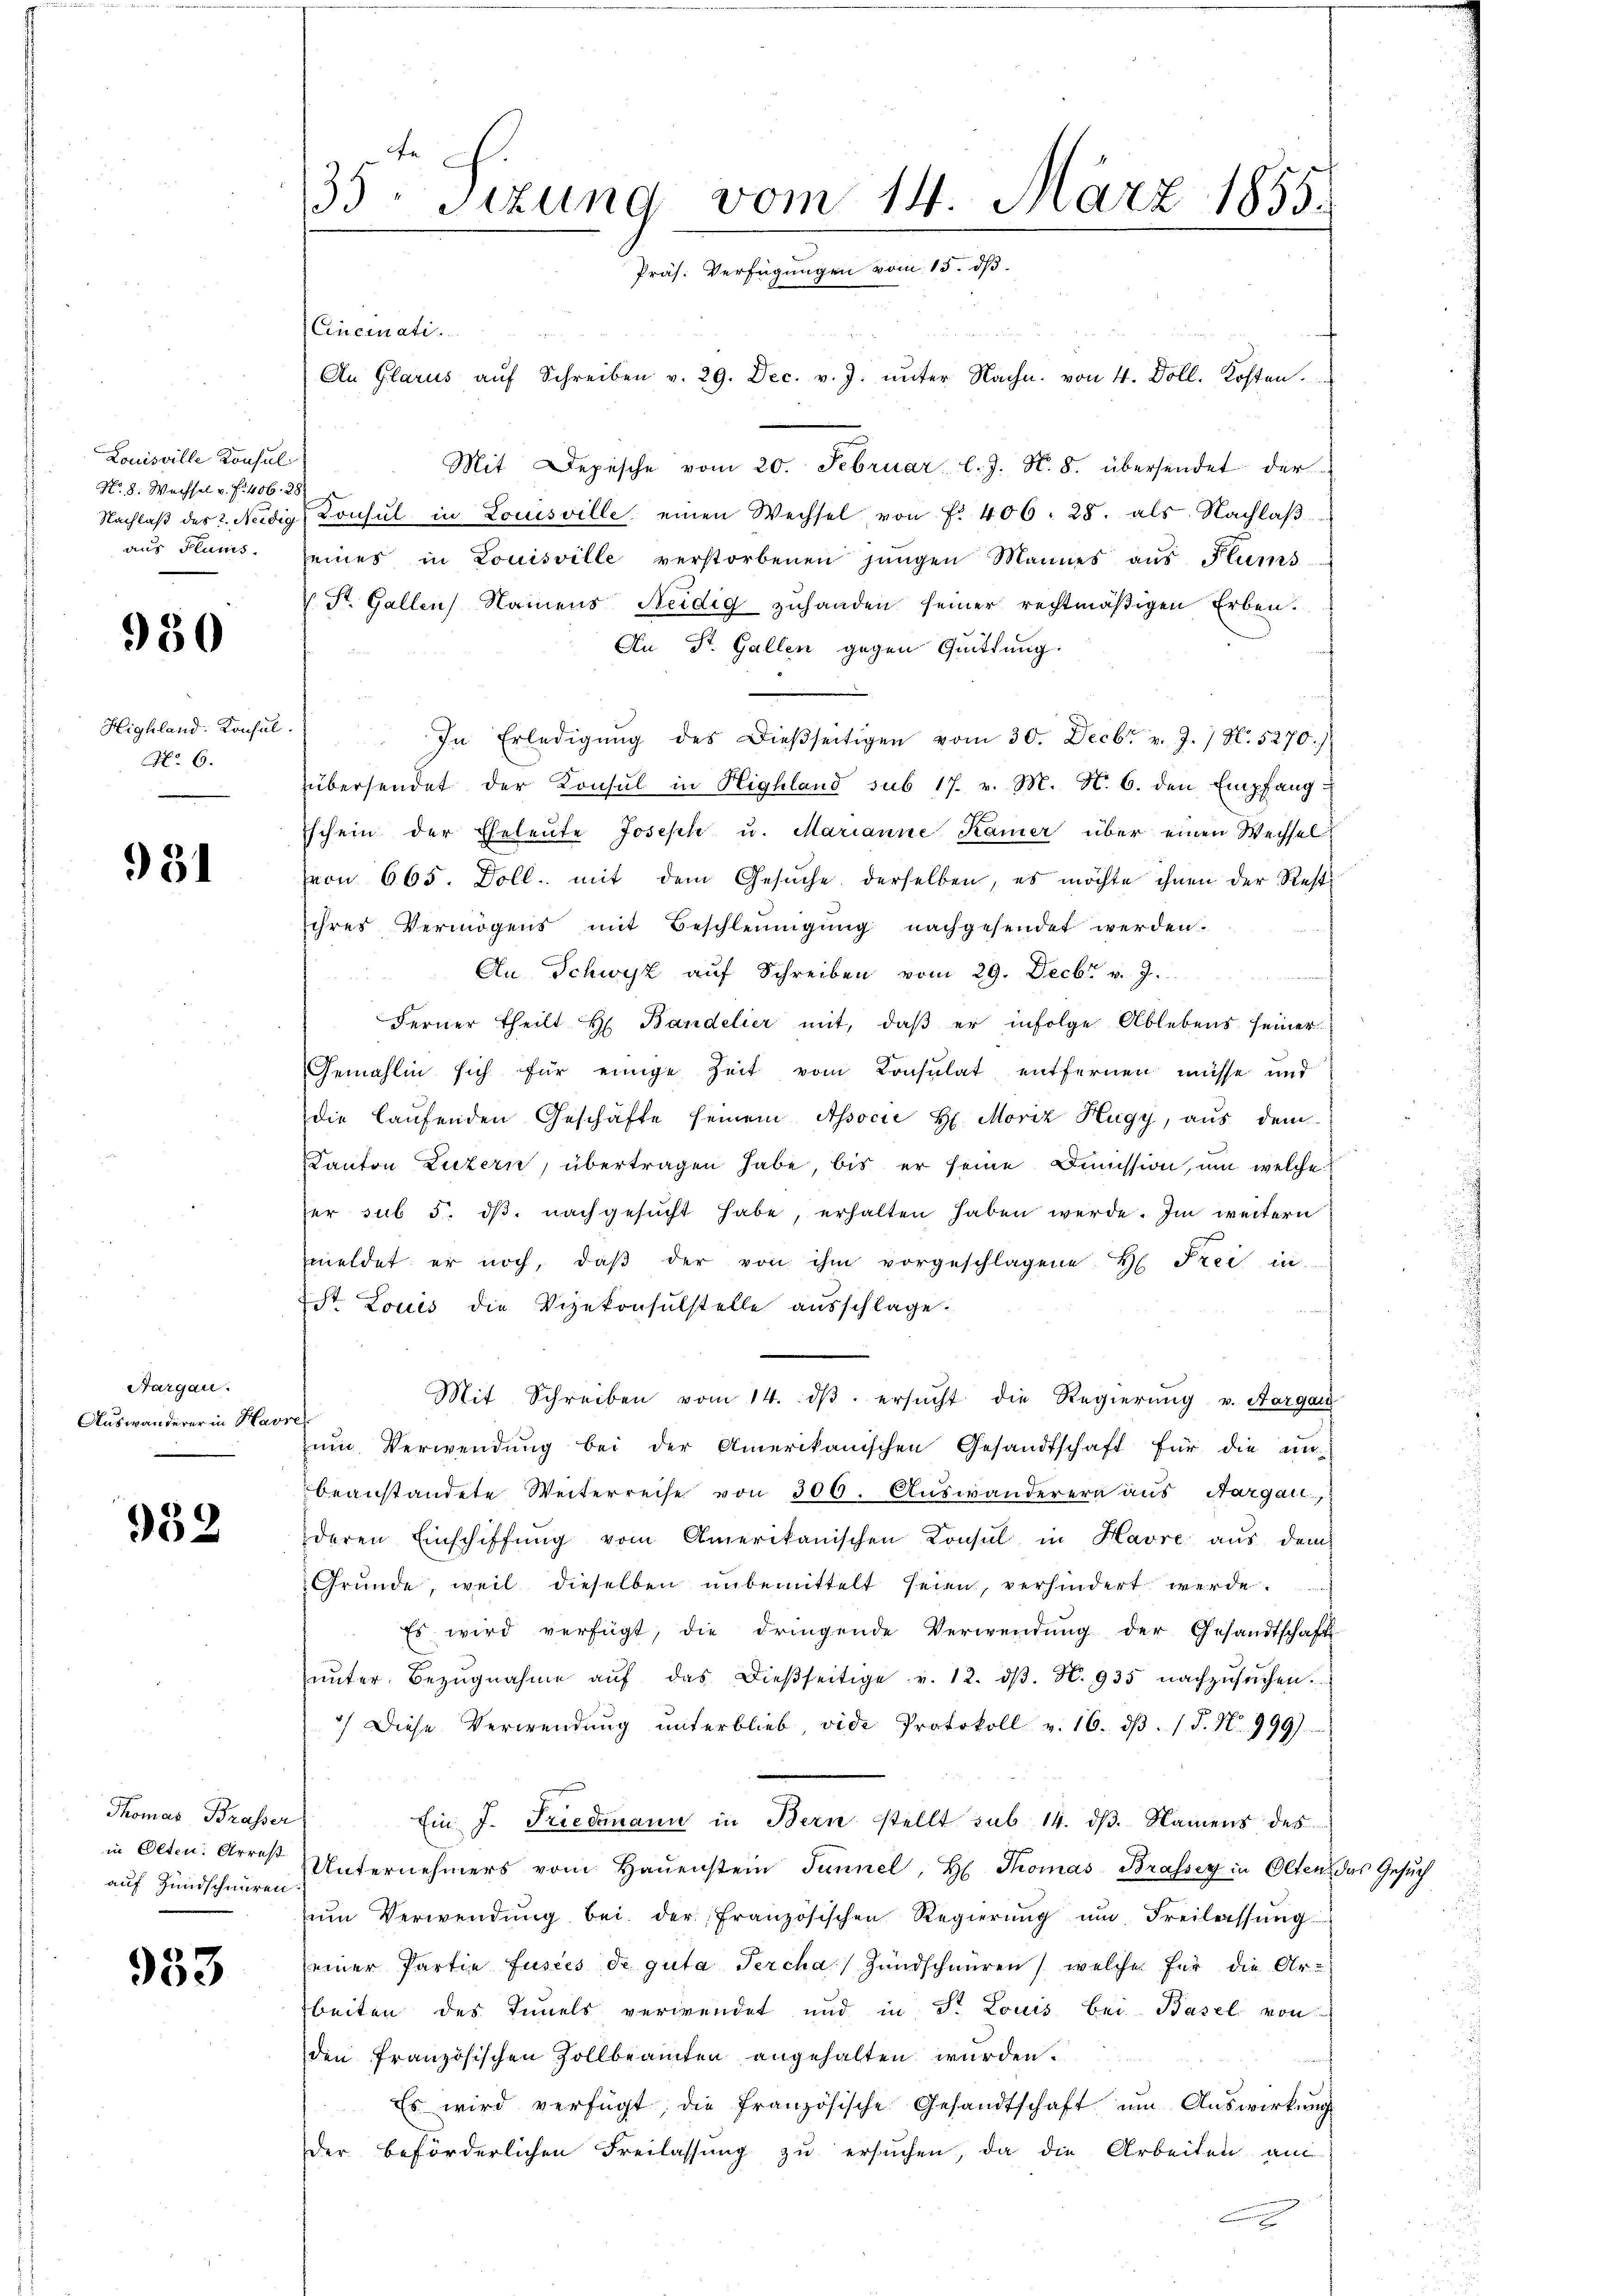
Louisville Konsul
No. 8. Wachsel v. f. 406. 28
Nachlaß des 2. Neidig
aus Plunis.

980

Highland: Konsul
No. 6.

931

Aargau.
Auswanderer in Havr

952

Thomas Brasser
in Olten. Arrest
auf Hundschnüren

933

35. Sizung vom 14. März 1855.
Präs. Verfügungen vom 15. dß.

Cincinati
An Glarus aŭf Schreiben v. 29. Dec. v. J. ŭnter Nachn. von 4. Doll. Kosten.
Mit Depesche vom 20. Februar l. J. N. 8. übersendet der
Konsul in Louisville einen Wechsel von Fr. 406. 28. als Nachlaβ.
seines in Louisville verstorbenen jungen Mannes aus Flums¬
 St. Gallen Namens Neidig zuhanden seiner rechtmäßigen Erben.
An St. Gallen gegen Quittung.
In Erledigŭng des dießseitigen vom 30. Decbr v. J. 17 N. 5270/
übersendet der Konsul in Highland sub 17. v. M. Nr. 6. den Empfang
schein der Eheleute Joseph u. Marianne Kamer über einen Wechsel
(von 665. Doll. mit dem Gesuche derselben, es möchte ihnen der Rest
sihres Vermögens mit Beschleunigung nachgesendet werden.
An Schwyz aŭf Schreiben vom 29. Decbr v. J.
Ferner theilt H. Bandelier mit, daβ er infolge Ablebens seiner
Gemahlin sich für einige Zeit vom Consulat entfernen müsse und
die laufenden Geschäfte seinem Associe H. Moriz Hugy, aus dem
Kanton Luzern, übertragen habe, bis er seine Dimission, um welche
er sub 5. dβ. nachgesŭcht habe, erhalten haben werde. Im weitern
meldet er noch, daβ der von ihm vorgeschlagene H. Frei in
St. Louis die Vizekonsulstelle ausschlage.
Mit Schreiben vom 14. dβ. ersŭcht die Regierŭng v. Aargau
¬
zŭm Verwendŭng bei der Amerikanischen Gesandtschaft für die un-
beanstandete Weiterreise von 300. Auswanderern aus Aargau,
deren Einschiffung vom Amerikanischen Konsul in Havre aus dem
Gründe, weil dieselben unbemittelt seien, verhindert werde.
Es wird verfügt, die dringende Verwendŭng der Gesandtschaft
ŭnter Bezŭgnahme aŭf das dieβseitige v. 12. dβ. N. 935 nachzŭsŭchen.
) Diese Verwendŭng ŭnterblieb, vide Protokoll v. 16. dβ. / P. Nr. 999)
Ein J. Friedenann in Bern stellt sub 14. dβ. Namens des
Unternehmers vom Haŭenstein Tunnel, H. Thomas Brasser in Olten, das Gesŭch
ŭm Verwendŭng bei der französischen Regierŭng ŭm Freilassŭng
seiner Partie fusées de gute Percha Hundschmiren, welcher für die Ar-
beiten des Innels verwendet und in Fr. Louis bei Basel von
den französischen Zollbeamten angehalten wurden.
Es wird verfügt, die französische Gesandtschaft ŭm Aŭswirkŭng
der beförderlichen Freilassung zu ersuchen, da die Arbeiten am
n